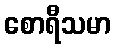
စောရီသမာ